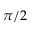
\pi / 2